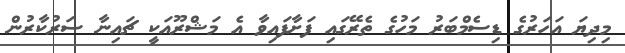
މިދިޔަ އަހަރުގެ ޑިސެމްބަރު މަހުގެ ތެރޭގައި ފަށާފައިވާ އެ މަޝްރޫއަކީ ޗައިނާ ސަރުކާރުން